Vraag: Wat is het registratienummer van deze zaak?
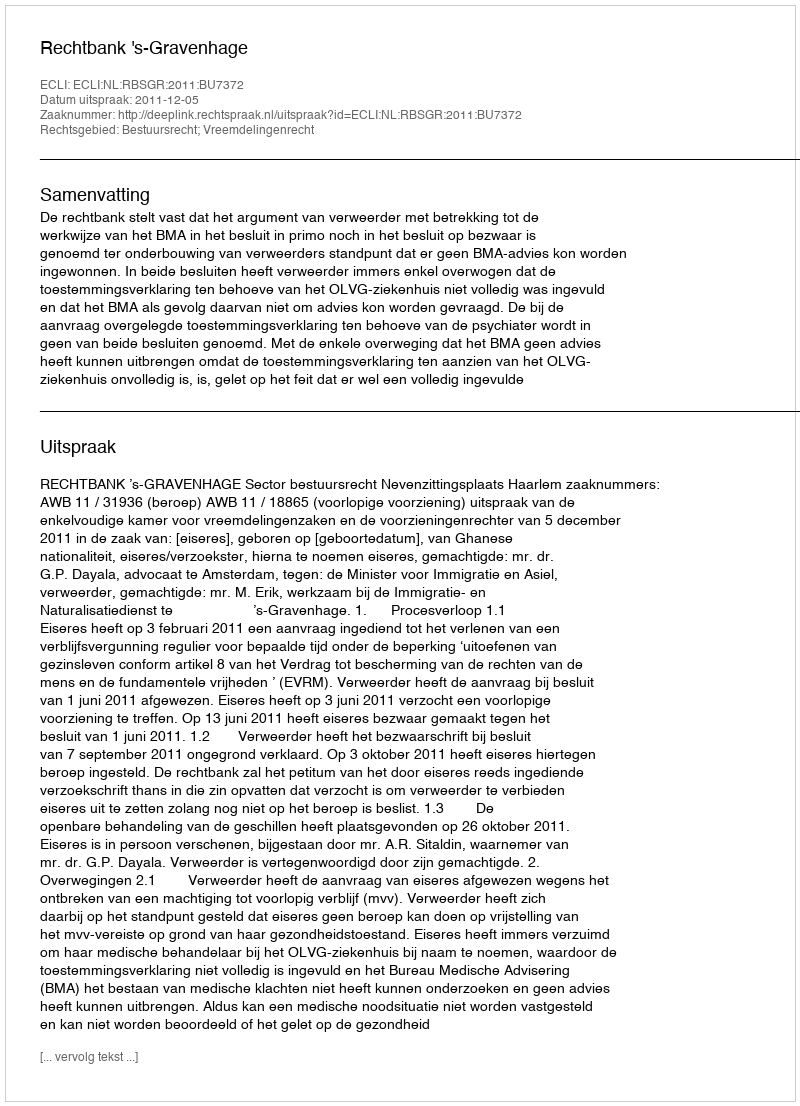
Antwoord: http://deeplink.rechtspraak.nl/uitspraak?id=ECLI:NL:RBSGR:2011:BU7372